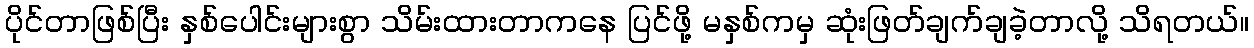
ပိုင်တာဖြစ်ပြီး နှစ်ပေါင်းများစွာ သိမ်းထားတာကနေ ပြင်ဖို့ မနှစ်ကမှ ဆုံးဖြတ်ချက်ချခဲ့တာလို့ သိရတယ်။